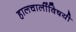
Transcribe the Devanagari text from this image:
हालचालींविषयी